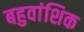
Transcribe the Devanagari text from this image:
बहुवांशिक